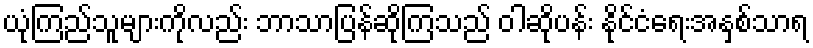
ယုံကြည်သူများကိုလည်း ဘာသာပြန်ဆိုကြသည် ဝါဆိုပန်း နိုင်ငံရေးအနှစ်သာရ